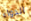
الدواء